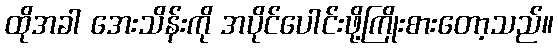
ထိုအခါ အေးသိန်းကို အပိုင်ပေါင်းဖို့ကြိုးစားတော့သည်။